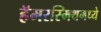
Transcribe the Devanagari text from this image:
हॅमरस्मिथमध्ये